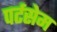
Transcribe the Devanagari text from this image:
पर्टसेम